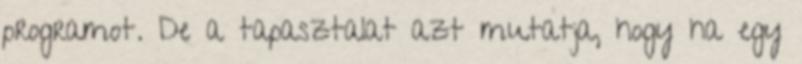
programot. De a tapasztalat azt mutatja, hogy ha egy